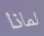
لماذا